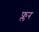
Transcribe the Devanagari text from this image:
फ्लर